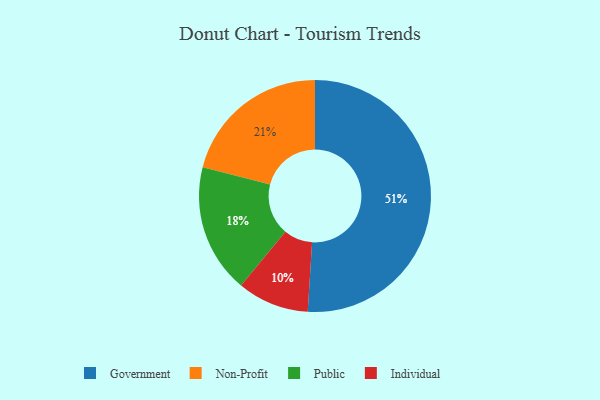
{"axis": {"x": "Category", "y": "Percentage"}, "legend": ["Government", "Individual", "Non-Profit", "Public"], "data": [{"x": "Non-Profit", "y": 21, "type": "Non-Profit"}, {"x": "Individual", "y": 10, "type": "Individual"}, {"x": "Public", "y": 18, "type": "Public"}, {"x": "Government", "y": 51, "type": "Government"}]}